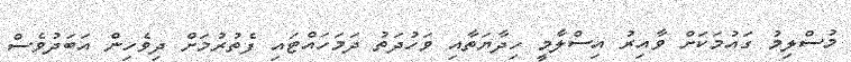
މުސްލިމު ގައުމަކަށް ވާއިރު އިސްލާމީ ހިދާޔަތާއި ވަހުދަތު ދަމަހައްޓައި ފެތުރުމަށް ދިވެހިން އަބަދުވެސް